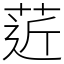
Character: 菦